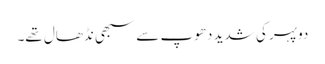
دوپہر کی شدید دھوپ سے سبھی نڈھال تھے۔